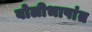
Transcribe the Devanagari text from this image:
बोलीभाषांत